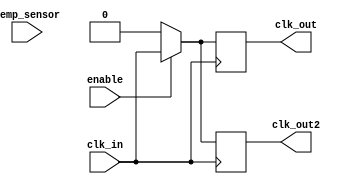
module TemperatureCompensatedClockBuffer (
    input  wire clk_in,        // Input clock signal
    input  wire temp_sensor,   // Temperature sensor input (digital or ADC)
    input  wire enable,        // Enable signal for power management
    output reg  clk_out,       // Buffered clock output
    output reg  clk_out2       // Second buffered output for distribution (optional)
);

// Parameters for temperature compensation
parameter TEMP_THRESHOLD = 8'd60; // Example temperature threshold for compensation
parameter MAX_DELAY     = 2;       // Max delay in ns
parameter MIN_DELAY     = 0;       // Min delay in ns

// Internal signals
reg [1:0] delay_control;        // Delay control based on temperature
reg [1:0] phase_adjustment;     // Phase adjustment based on temperature

// Always block for clock buffering logic
always @(posedge clk_in) begin
    if (enable) begin
        // Implement temperature compensation based on the temp_sensor input
        if (temp_sensor > TEMP_THRESHOLD) begin
            delay_control <= MAX_DELAY; // Higher temperature increases the delay
        end else begin
            delay_control <= MIN_DELAY; // Normal operation in lower temperature
        end

        // Generate clock output with determined delay adjustments
        clk_out <= #delay_control clk_in; // Use delay control for clk_out
        clk_out2 <= #delay_control clk_in; // Second output with the same characteristics
    end else begin
        // If disabled, output should be low or held in a stable state
        clk_out <= 1'b0;
        clk_out2 <= 1'b0;
    end
end

endmodule